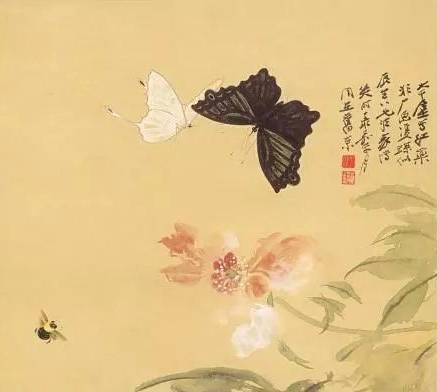
故园书动经年绝，华发春唯满镜生。